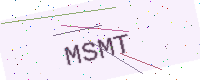
Text: MSMT